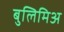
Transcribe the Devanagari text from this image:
बुलिमिअ